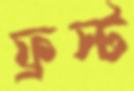
ফ্রস্ট